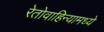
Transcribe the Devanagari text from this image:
रेतोवाहिन्यामध्ये